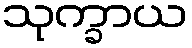
သုက္ခာယ